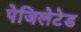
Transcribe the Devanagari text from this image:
पेजिलेटेड